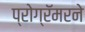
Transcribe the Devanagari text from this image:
प्रोग्रॅमरने